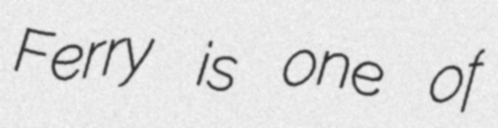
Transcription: Ferry is one of